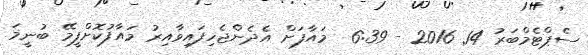
ސެޕްޓެމްބަރު 14